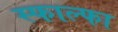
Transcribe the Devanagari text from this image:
स्फाल्फा